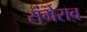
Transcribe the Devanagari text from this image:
संभेराव